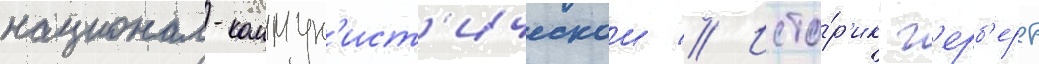
национал-коммун'ист'ическои // Исто́р'ик г'ерб'ерт